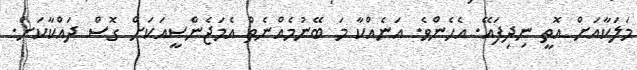
މަލަކާއަށް އޮތީ ނިދިފައޭ. އެހެންވެ. އަނެއްކާ މަ ބޭނުމެއްނެތް އެމަޖެންސީއަކަށް ގޮސް ދައްކާކަށް.